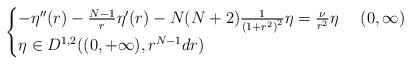
LaTeX: \begin{align*} \begin{cases}-\eta''(r) - \frac{N-1}{r}\eta'(r)- N(N+2) \frac{1} {\left(1+ r^2\right)^ 2} \eta= \frac{\nu}{r^2}\eta& \,\,(0,\infty) \\\eta \in D^{1,2}((0,+\infty),r^{N-1}dr)\end{cases}\end{align*}